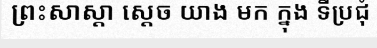
ព្រះសាស្តា ស្តេច យាង មក ក្នុង ទីប្រជុំ